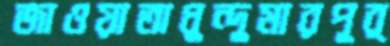
জাওয়াতাধুন্দুমারপূর্